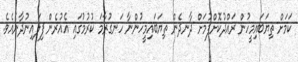
ކަމަށް ތިޔަބައިމީހުން ރައްދުކޮށްފުމަށް ދާނދެން ތިޔަބައިމީހުންނާ ހަނގުރާމަ ކުރުމުގައި އެއުރެން ފިލައިނުދާނެއެވެ.